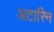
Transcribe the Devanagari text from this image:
अटारिन